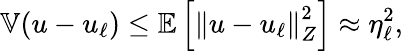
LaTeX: \mathbb{V}(u-u_{\ell})\le\mathbb{E}\left[\left\Vert u-u_{\ell}\right\Vert_{Z}^{2}\right]\approx\eta_{\ell}^{2},